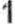
1